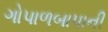
ગોપાળબાપાની